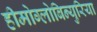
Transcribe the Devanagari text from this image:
हीमोग्लोबिन्युरिया